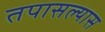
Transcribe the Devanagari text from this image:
तपासल्यास